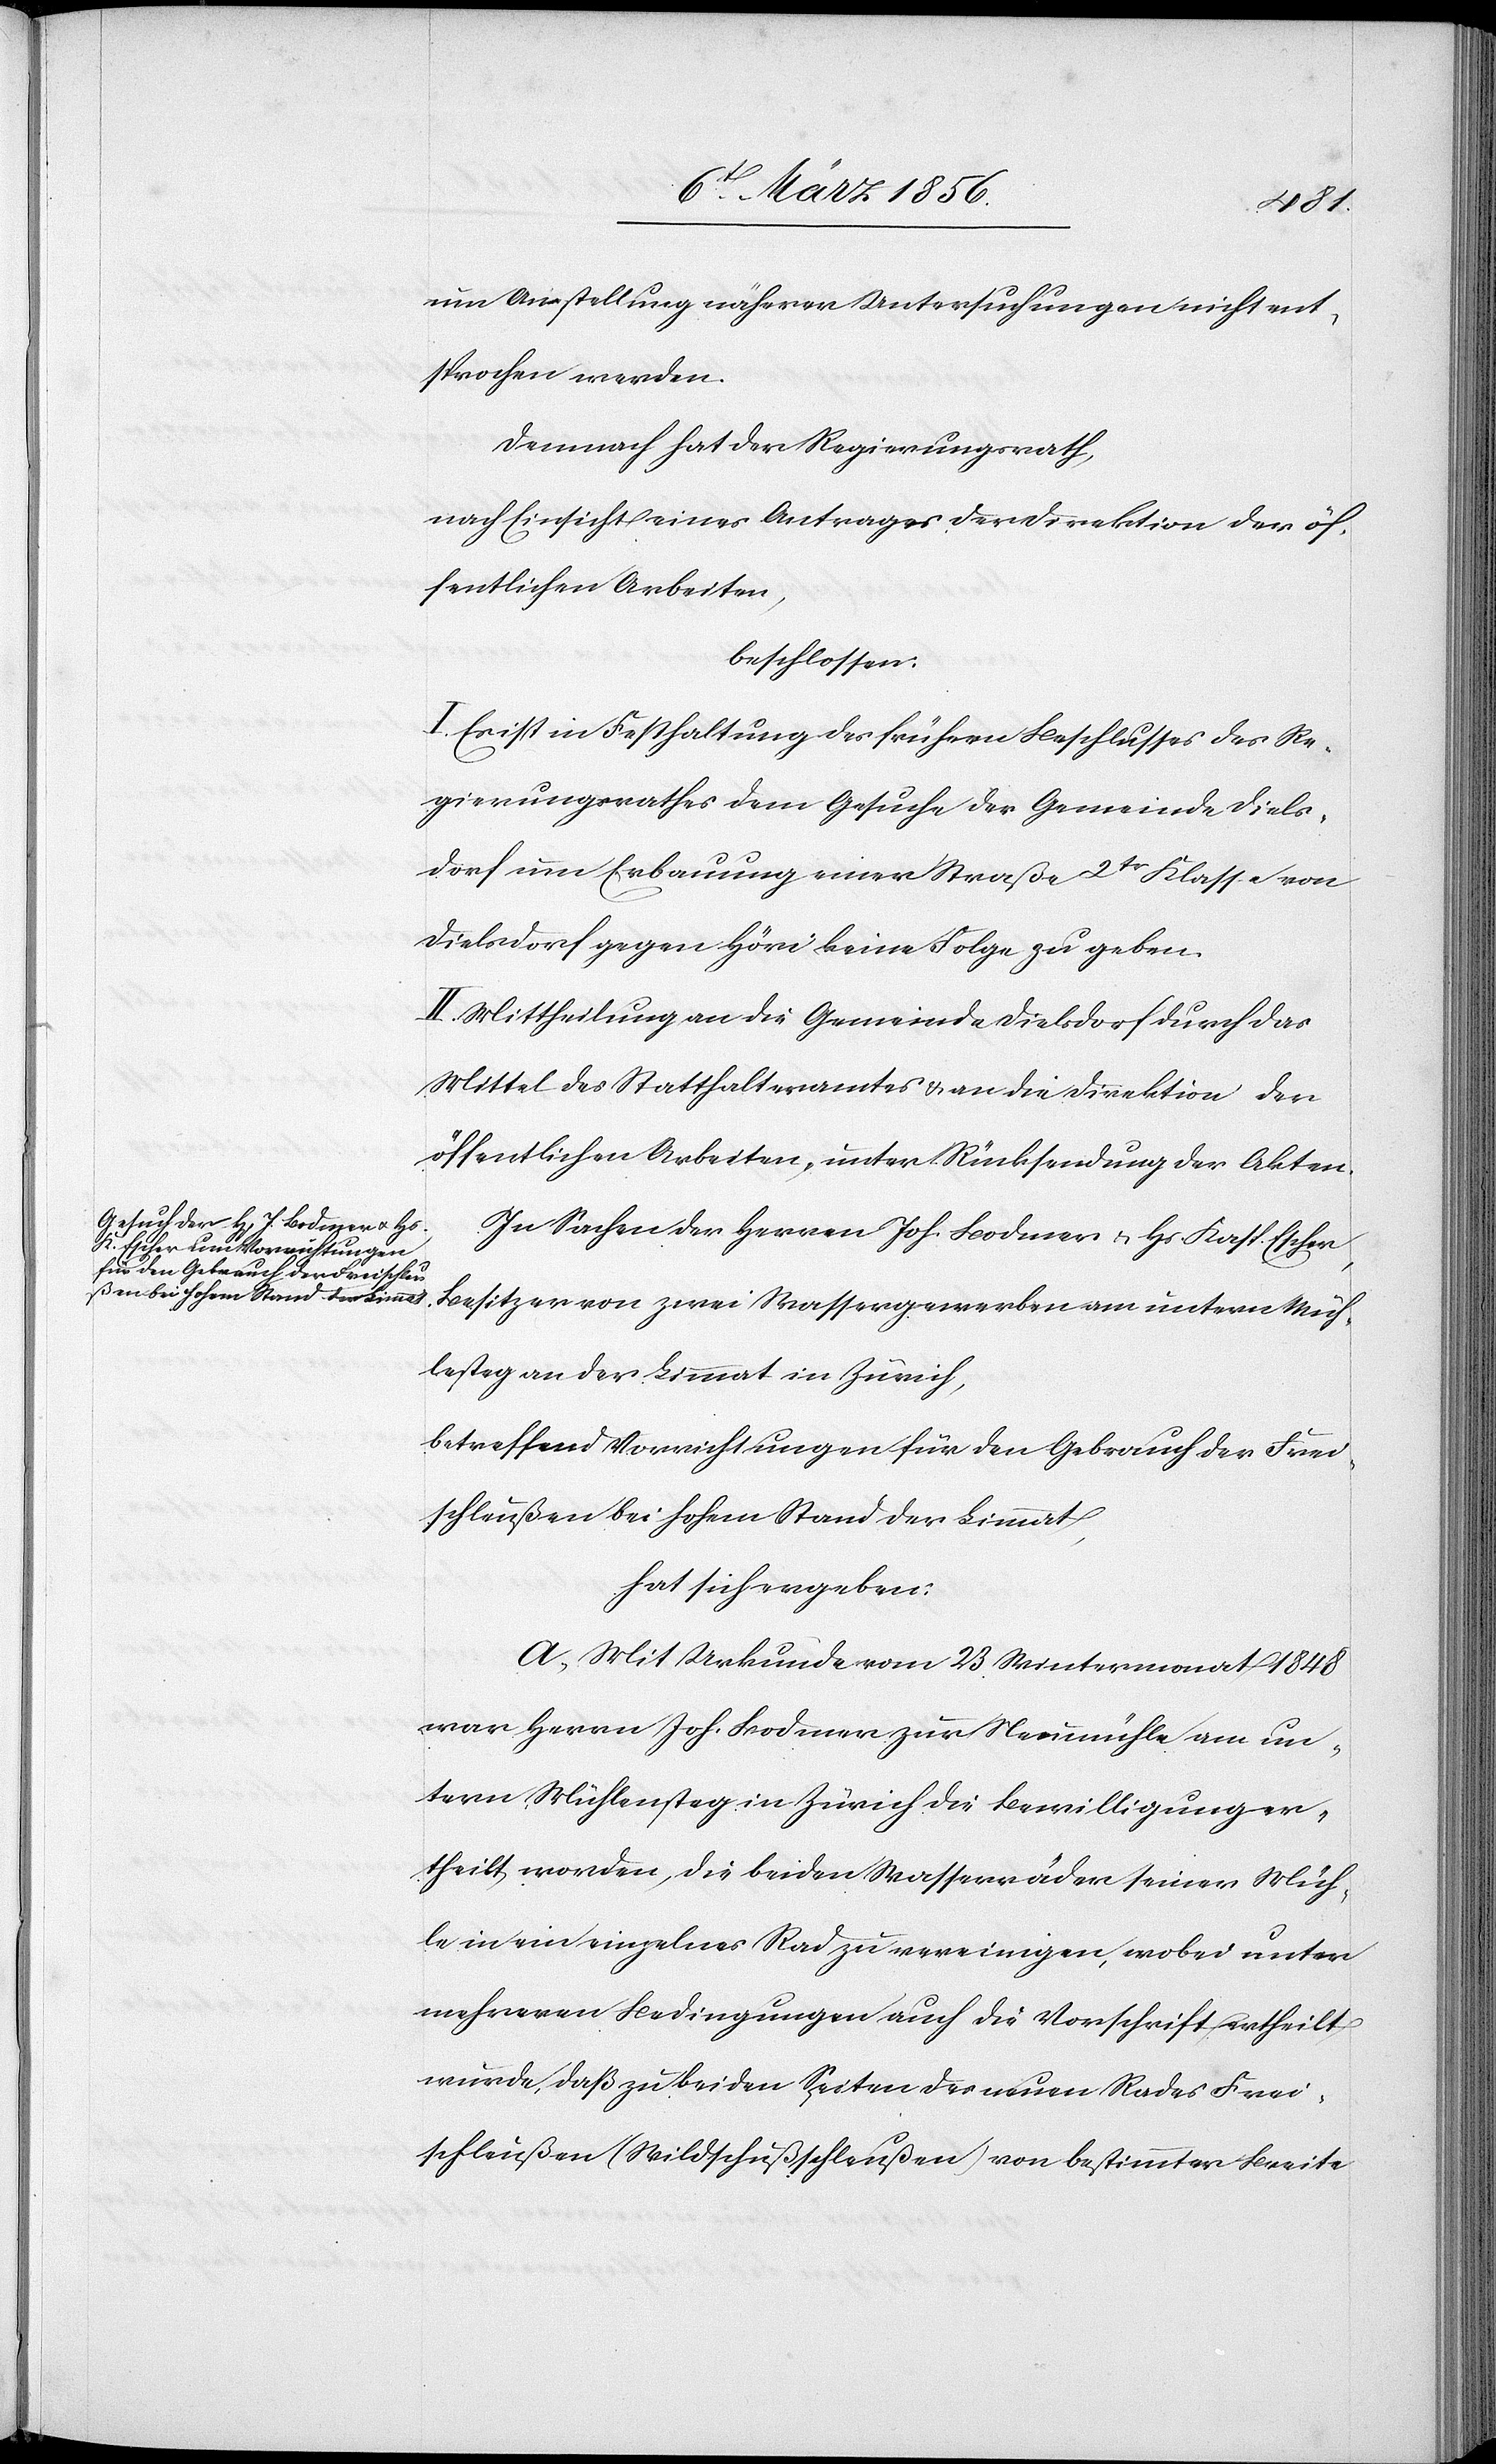
Müh¬
um Anstellung näherer Untersuchungen nicht ent¬
sprochen werden.
Demnach hat der Regierungsrath,
nach Einsicht eines Antrages der Direktion der öf¬
fentlichen Arbeiten,
beschlossen:
I. Es ist in Festhaltung des frühern Beschlusses des Re¬
gierungsrathes dem Gesuche der Gemeinde Diels¬
dorf um Erbauung einer Straße 2tr Klasse von
Dielsdorf gegen Höri keine Folge zu geben.
II. Mittheilung an die Gemeinde Dielsdorf durch das
Mittel des Statthalteramtes & an die Direktion der
öffentlichen Arbeiten, unter Rücksendung der Akten.
In Sachen der Herren Joh. Bodmer u. Hs. Kasp. Escher,
lesteg an der Limmat in Zürich,
betreffend Vorrichtungen für den Gebrauch der Frei¬
schleußen bei hohem Stand der Limmat,
hat sich ergeben:
A, Mit Urkunde vom 23 Wintermonat 1848
war Herrn Joh. Bodmer zur Neumühle am un¬
tern Mühlensteg in Zürich die Bewilligung er¬
theilt worden, die beiden Wasserräder seiner Müh¬
le in ein einzelnes Rad zu vereinigen, wobei unter
mehreren Bedingungen auch die Vorschrift ertheilt
wurde, daß zu beiden Seiten des neuen Rades Frei¬
schleußen (Wildschußschleußen) von bestimmter Breite